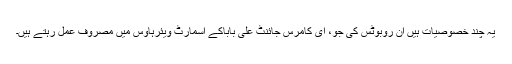
یہ چند خصوصیات ہیں ان روبوٹس کی جو، ای کامرس جائنٹ علی باباکے اسمارٹ ویئرہاؤس میں مصروف عمل رہتے ہیں۔